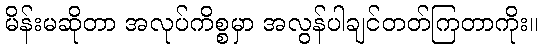
မိန်းမဆိုတာ အလုပ်ကိစ္စမှာ အလွန်ပါချင်တတ်ကြတာကိုး။